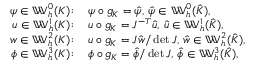
\begin{array} { r l } { \psi \in \mathbb { W } _ { h } ^ { 0 } ( K ) \! : \, } & { { } \psi \circ g _ { K } = \hat { \psi } , \, \hat { \psi } \in \mathbb { W } _ { h } ^ { 0 } ( \hat { K } ) , } \\ { u \in \mathbb { W } _ { h } ^ { 1 } ( K ) \! : \, } & { { } u \circ g _ { K } = J ^ { - T } \hat { u } , \, \hat { u } \in \mathbb { W } _ { h } ^ { 1 } ( \hat { K } ) , } \\ { w \in \mathbb { W } _ { h } ^ { 2 } ( K ) \! : \, } & { { } u \circ g _ { K } = J \hat { w } / \operatorname* { d e t } J , \, \hat { w } \in \mathbb { W } _ { h } ^ { 2 } ( \hat { K } ) , } \\ { \phi \in \mathbb { W } _ { h } ^ { 3 } ( K ) \! : \, } & { { } \phi \circ g _ { K } = \hat { \phi } / \operatorname* { d e t } J , \, \hat { \phi } \in \mathbb { W } _ { h } ^ { 3 } ( \hat { K } ) , } \end{array}